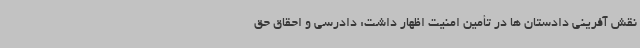
نقش آفرینی دادستان ها در تأمین امنیت اظهار داشت: دادرسی و احقاق حق